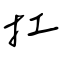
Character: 扛